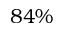
8 4 \%